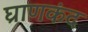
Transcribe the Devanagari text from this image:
घ्राणकंद